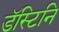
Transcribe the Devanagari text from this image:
डॅस्टिनि